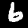
Digit: 6